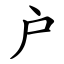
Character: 户